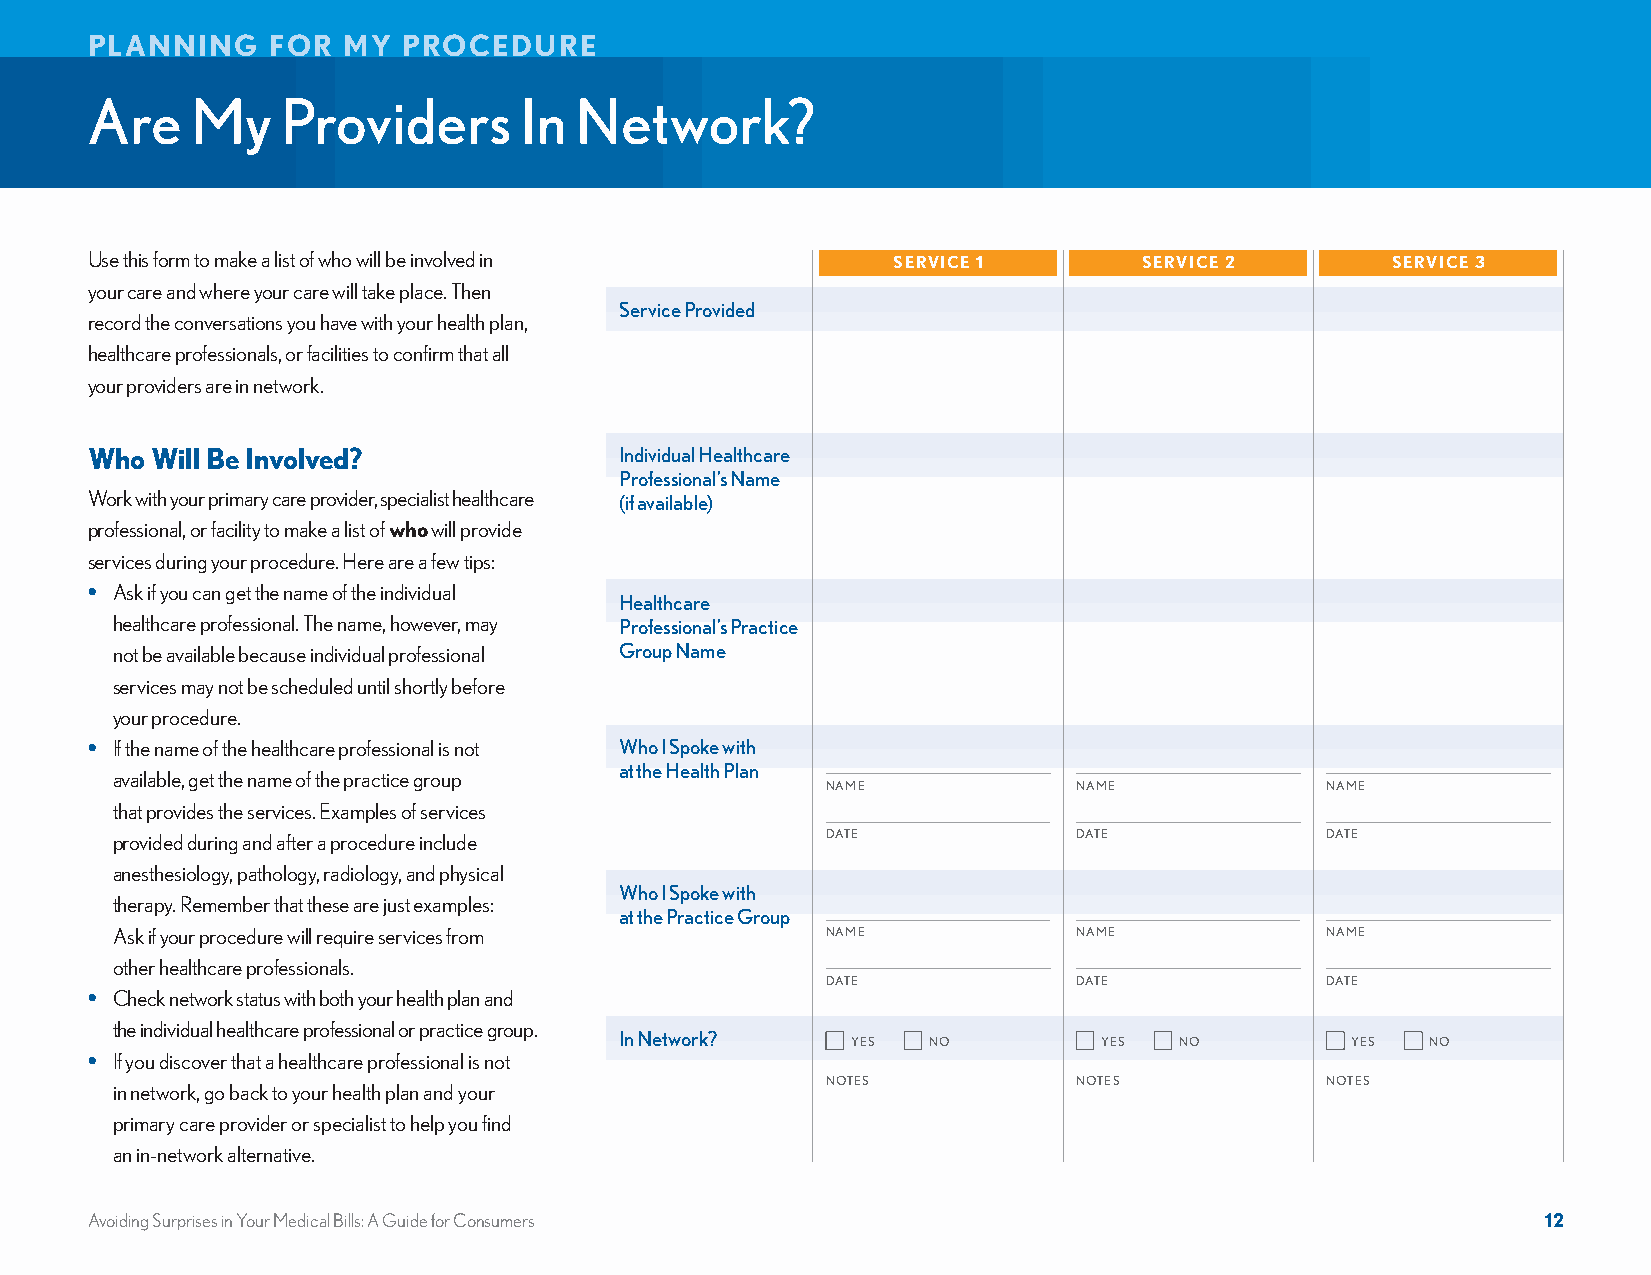
PLANNING    FOR  MY  PROCEDURE
 Are    My    Providers      In  Network?
 Use this form to make a list of who will be involved in SERVICE 1     SERVICE 2       SERVICE 3
 your care and where your care will take place. Then
 Service Provided
 record the conversations you have with your health plan,
 healthcare professionals, or facilities to confirm that all
 your providers are in network.
 Who Will Be Involved?              Individual Healthcare
 Professional’s Name
 Work with your primary care provider, specialist healthcare (if available)
 professional, or facility to make a list of who will provide
 services during your procedure. Here are a few tips:
 • Ask if you can get the name of the individual
 Healthcare
 healthcare professional. The name, however, may Professional’s Practice
 not be available because individual professional Group Name
 services may not be scheduled until shortly before
 your procedure.
 • If the name of the healthcare professional is not Who I Spoke with
 at the Health Plan
 available, get the name of the practice group
 NAME            NAME             NAME
 that provides the services. Examples of services
 provided during and after a procedure include   DATE            DATE             DATE
 anesthesiology, pathology, radiology, and physical
 Who I Spoke with
 therapy. Remember that these are just examples:
 at the Practice Group
 Ask if your procedure will require services from NAME           NAME             NAME
 other healthcare professionals.
 DATE            DATE             DATE
 • Check network status with both your health plan and
 the individual healthcare professional or practice group.
 In Network?
 YES  NO          YES  NO         YES   NO
 • If you discover that a healthcare professional is not
 NOTES           NOTES            NOTES
 in network, go back to your health plan and your
 primary care provider or specialist to help you find
 an in-network alternative.
 Avoiding Surprises in Your Medical Bills: A Guide for Consumers                                 12